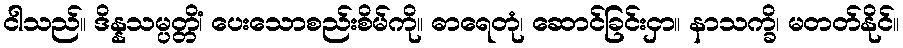
ငါသည်။ ဒိန္နသမ္ပတ္တိံ၊ ပေးသောစည်းစိမ်ကို။ ဓာရေတုံ၊ ဆောင်ခြင်းငှာ။ နာသက္ခိ၊ မတတ်နိုင်။